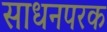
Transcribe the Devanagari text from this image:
साधनपरक